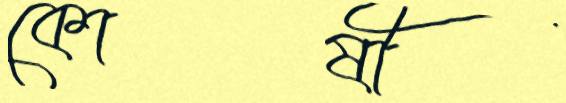
কোষী